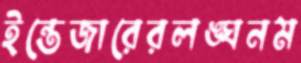
ইন্তেজারেরলঙ্ঘনম